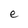
Character: e